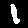
Digit: 1